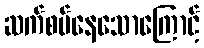
ဆက်စပ်နေသောကြောင့်